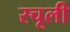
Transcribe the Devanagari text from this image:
स्चूली